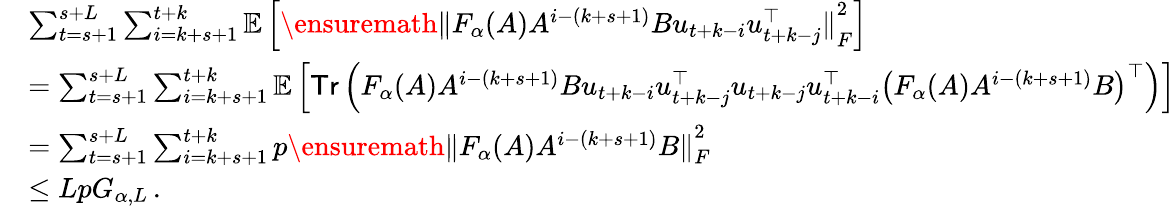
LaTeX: \begin{array}{rl}&{\sum_{t=s+1}^{s+L}\sum_{i=k+s+1}^{t+k}\mathbb{E}\left[\ensuremath{\lVert F_{\alpha}(A)A^{i-(k+s+1)}Bu_{t+k-i}u_{t+k-j}^{\top}\rVert}_{F}^{2}\right]}\\ &{=\sum_{t=s+1}^{s+L}\sum_{i=k+s+1}^{t+k}\mathbb{E}\left[\textsf{Tr}\left(F_{\alpha}(A)A^{i-(k+s+1)}Bu_{t+k-i}u_{t+k-j}^{\top}u_{t+k-j}u_{t+k-i}^{\top}\left(F_{\alpha}(A)A^{i-(k+s+1)}B\right)^{\top}\right)\right]}\\ &{=\sum_{t=s+1}^{s+L}\sum_{i=k+s+1}^{t+k}p\ensuremath{\lVert F_{\alpha}(A)A^{i-(k+s+1)}B\rVert}_{F}^{2}}\\ &{\leq LpG_{\alpha,L}\, .}\end{array}